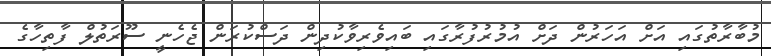
މުބާރާތުގައި އަށް އަހަރުން ދަށް އުމުރުފުރާގައި ބައިވެރިވާކުދިން ދަސްކުރަން ޖެހެނީ ސޫރަތުލް ފާތިހާގެ